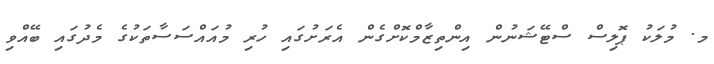
މ. މުލަކު ޕޮލިސް ސްޓޭޝަނުން އިންތިޒާމްކޮށްގެން އެރަށުގައި ހުރި މުއައްސަސާތަކުގެ މެދުގައި ބޭއްވި